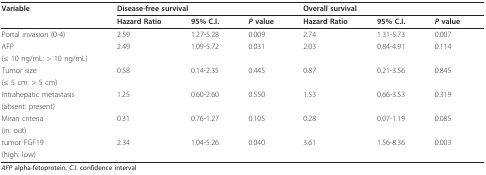
<table><thead><tr><td><b>Variable</b></td><td colspan="3"><b>Disease-free survival</b></td><td colspan="3"><b>Overall survival</b></td></tr><tr><td></td><td><b>Hazard Ratio</b></td><td><b>95% C.I.</b></td><td><b><i>P </i>value</b></td><td><b>Hazard Ratio</b></td><td><b>95% C.I.</b></td><td><b><i>P </i>value</b></td></tr></thead><tbody><tr><td>Portal invasion (0-4)</td><td>2.59</td><td>1.27-5.28</td><td>0.009</td><td>2.74</td><td>1.31-5.73</td><td>0.007</td></tr><tr><td>AFP</td><td>2.49</td><td>1.09-5.72</td><td>0.031</td><td>2.03</td><td>0.84-4.91</td><td>0.114</td></tr><tr><td>(≤ 10 ng/mL: &gt; 10 ng/mL)</td><td></td><td></td><td></td><td></td><td></td><td></td></tr><tr><td>Tumor size</td><td>0.58</td><td>0.14-2.35</td><td>0.445</td><td>0.87</td><td>0.21-3.56</td><td>0.845</td></tr><tr><td>(≤ 5 cm: &gt; 5 cm)</td><td></td><td></td><td></td><td></td><td></td><td></td></tr><tr><td>Intrahepatic metastasis</td><td>1.25</td><td>0.60-2.60</td><td>0.550</td><td>1.53</td><td>0.66-3.53</td><td>0.319</td></tr><tr><td>(absent: present)</td><td></td><td></td><td></td><td></td><td></td><td></td></tr><tr><td>Miran criteria</td><td>0.31</td><td>0.76-1.27</td><td>0.105</td><td>0.28</td><td>0.07-1.19</td><td>0.085</td></tr><tr><td>(in: out)</td><td></td><td></td><td></td><td></td><td></td><td></td></tr><tr><td>tumor FGF19</td><td>2.34</td><td>1.04-5.26</td><td>0.040</td><td>3.61</td><td>1.56-8.36</td><td>0.003</td></tr><tr><td>(high: low)</td><td></td><td></td><td></td><td></td><td></td><td></td></tr></tbody></table>